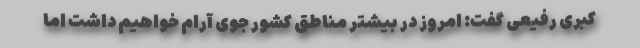
کبری رفیعی گفت: امروز در بیشتر مناطق کشور جوی آرام خواهیم داشت اما